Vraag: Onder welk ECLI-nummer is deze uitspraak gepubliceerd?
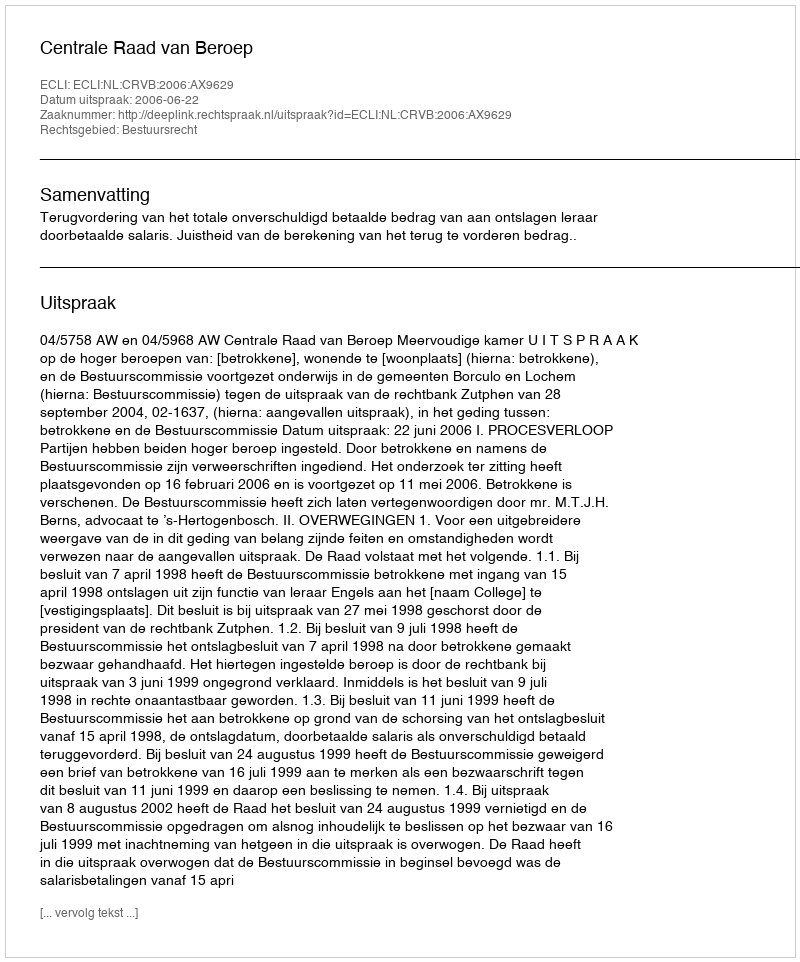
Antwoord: ECLI:NL:CRVB:2006:AX9629